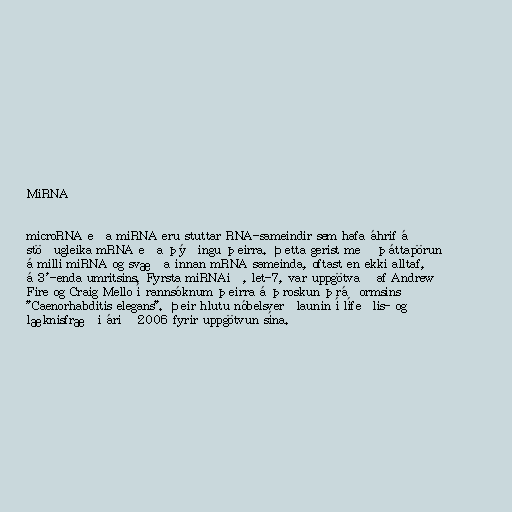
MiRNA

microRNA eða miRNA eru stuttar RNA-sameindir sem hafa áhrif á
stöðugleika mRNA eða þýðingu þeirra. Þetta gerist með þáttapörun
á milli miRNA og svæða innan mRNA sameinda, oftast en ekki alltaf,
á 3'-enda umritsins. Fyrsta miRNAið, let-7, var uppgötvað af Andrew
Fire og Craig Mello í rannsóknum þeirra á þroskun þráðormsins
"Caenorhabditis elegans". Þeir hlutu nóbelsverðlaunin í lífeðlis- og
læknisfræði árið 2006 fyrir uppgötvun sína.